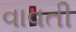
વાવતી